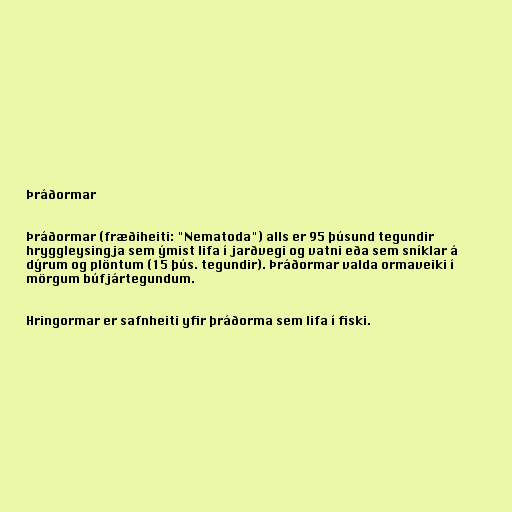
Þráðormar

Þráðormar (fræðiheiti: "Nematoda") alls er 95 þúsund tegundir
hryggleysingja sem ýmist lifa í jarðvegi og vatni eða sem sníklar á
dýrum og plöntum (15 þús. tegundir). Þráðormar valda ormaveiki í
mörgum búfjártegundum.

Hringormar er safnheiti yfir þráðorma sem lifa í fiski.